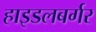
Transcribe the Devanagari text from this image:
हाइडलबर्गर